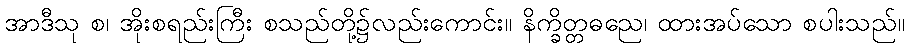
အာဒီသု စ၊ အိုးစရည်းကြီး စသည်တို့၌လည်းကောင်း။ နိက္ခိတ္တဓညေ၊ ထားအပ်သော စပါးသည်။